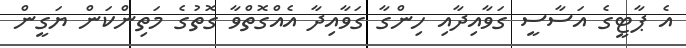
އެ ޕާޓީގެ އަސާސީ ގަވާއިދާއި ހިންގާ ގަވާއިދާ އެއްގޮތްވާ ގޮތުގެ މަތިންކަން ޔަގީން